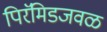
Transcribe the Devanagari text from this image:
पिरॅमिडजवळ